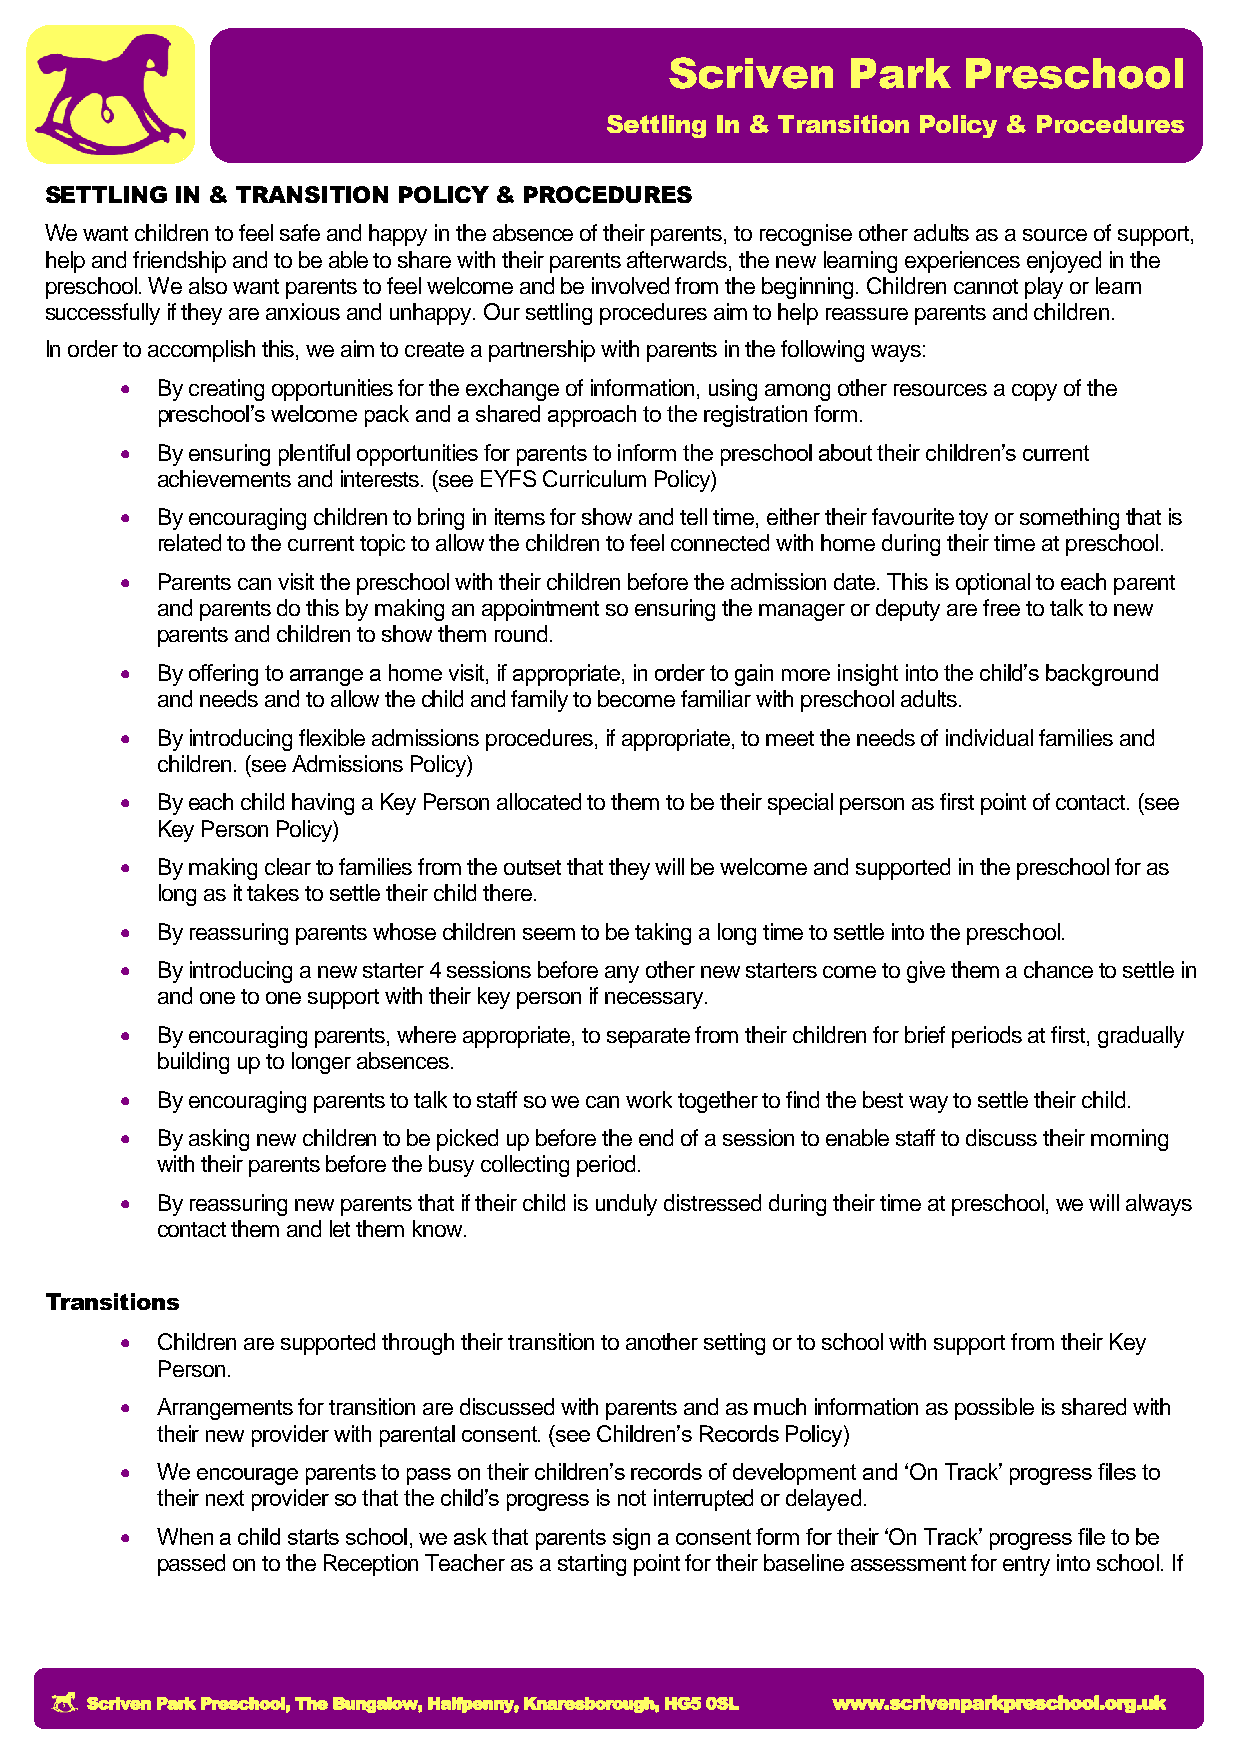
Scriven     Park    Preschool
 Settling In & Transition Policy & Procedures
 SETTLING IN & TRANSITION POLICY & PROCEDURES
 We want children to feel safe and happy in the absence of their parents, to recognise other adults as a source of support,
 help and friendship and to be able to share with their parents afterwards, the new learning experiences enjoyed in the
 preschool. We also want parents to feel welcome and be involved from the beginning. Children cannot play or learn
 successfully if they are anxious and unhappy. Our settling procedures aim to help reassure parents and children.
 In order to accomplish this, we aim to create a partnership with parents in the following ways:
  By creating opportunities for the exchange of information, using among other resources a copy of the
 preschool’s welcome pack and a shared approach to the registration form.
  By ensuring plentiful opportunities for parents to inform the preschool about their children’s current
 achievements and interests. (see EYFS Curriculum Policy)
  By encouraging children to bring in items for show and tell time, either their favourite toy or something that is
 related to the current topic to allow the children to feel connected with home during their time at preschool.
  Parents can visit the preschool with their children before the admission date. This is optional to each parent
 and parents do this by making an appointment so ensuring the manager or deputy are free to talk to new
 parents and children to show them round.
  By offering to arrange a home visit, if appropriate, in order to gain more insight into the child’s background
 and needs and to allow the child and family to become familiar with preschool adults.
  By introducing flexible admissions procedures, if appropriate, to meet the needs of individual families and
 children. (see Admissions Policy)
  By each child having a Key Person allocated to them to be their special person as first point of contact. (see
 Key Person Policy)
  By making clear to families from the outset that they will be welcome and supported in the preschool for as
 long as it takes to settle their child there.
  By reassuring parents whose children seem to be taking a long time to settle into the preschool.
  By introducing a new starter 4 sessions before any other new starters come to give them a chance to settle in
 and one to one support with their key person if necessary.
  By encouraging parents, where appropriate, to separate from their children for brief periods at first, gradually
 building up to longer absences.
  By encouraging parents to talk to staff so we can work together to find the best way to settle their child.
  By asking new children to be picked up before the end of a session to enable staff to discuss their morning
 with their parents before the busy collecting period.
  By reassuring new parents that if their child is unduly distressed during their time at preschool, we will always
 contact them and let them know.
 Transitions
  Children are supported through their transition to another setting or to school with support from their Key
 Person.
  Arrangements for transition are discussed with parents and as much information as possible is shared with
 their new provider with parental consent. (see Children’s Records Policy)
  We encourage parents to pass on their children’s records of development and ‘On Track’ progress files to
 their next provider so that the child’s progress is not interrupted or delayed.
  When a child starts school, we ask that parents sign a consent form for their ‘On Track’ progress file to be
 passed on to the Reception Teacher as a starting point for their baseline assessment for entry into school. If
 Scriven Park Preschool, The Bungalow, Halfpenny, Knaresborough, HG5 0SL www.scrivenparkpreschool.org.uk